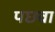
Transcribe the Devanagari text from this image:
पछवा